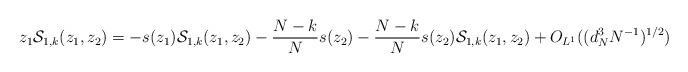
LaTeX: \begin{align*}z_{1}\mathcal{S}_{1,k}(z_{1},z_{2})=-s(z_{1})\mathcal{S}_{1,k}(z_{1},z_{2})-\frac{N-k}{N}s(z_{2})-\frac{N-k}{N}s(z_{2})\mathcal{S}_{1,k}(z_{1},z_{2})+O_{L^1}((d_{N}^{3}N^{-1})^{1/2}) \end{align*}